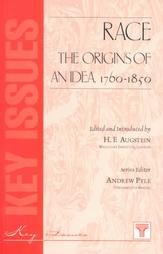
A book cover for Race The Origins of an Idea 1760-1850 (Key Issues); Hannah Augstein; Politics & Social Sciences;